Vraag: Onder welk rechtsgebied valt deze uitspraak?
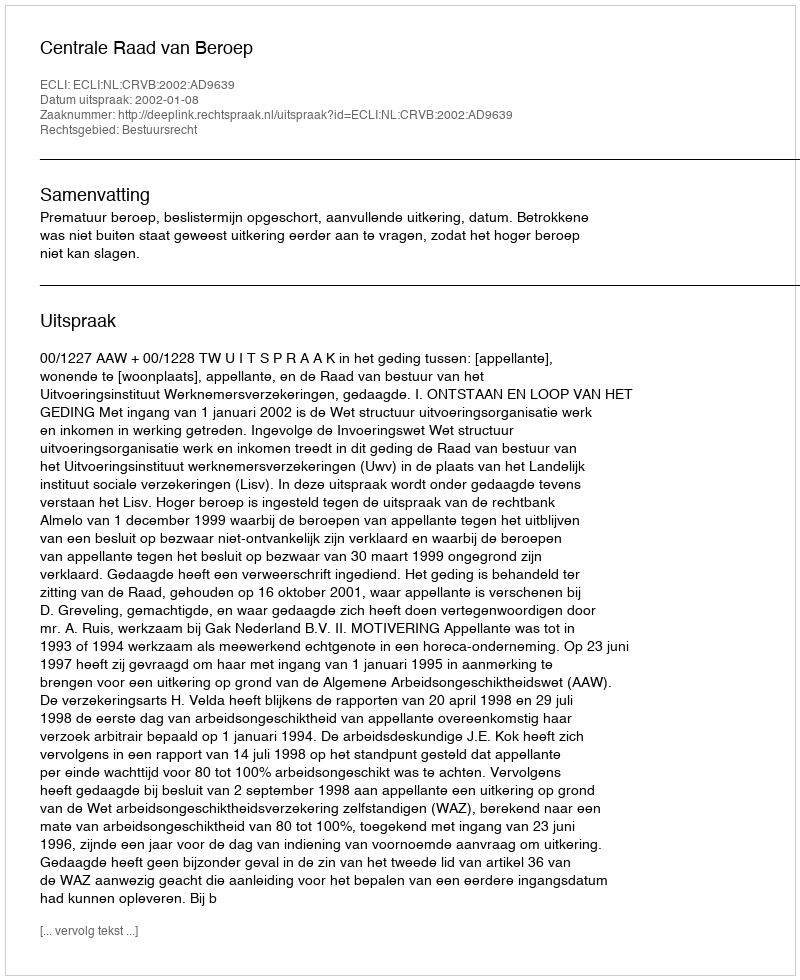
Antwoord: Bestuursrecht